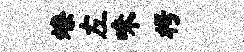
燎左味枵